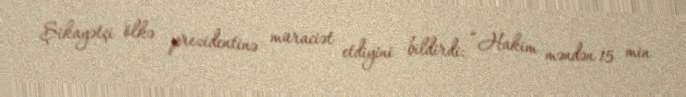
Şikayətçi ölkə prezidentinə müraciət etdiyini bildirdi: “Hakim məndən 15 min